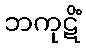
ဘကုဋိံ